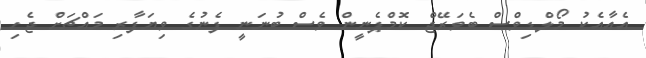
އެއާއެކު މޯލްޑިވްސް ބެވަރޭޖް ކޮމްޕެނީން ވެސް ބުނަނީ ފެނުގެ ވިޔަފާރި މައްޗަށް ޖެހި